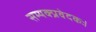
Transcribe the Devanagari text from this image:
सम्यक्प्रवेदकः।